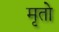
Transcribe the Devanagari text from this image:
मृतो